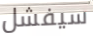
سيفشل